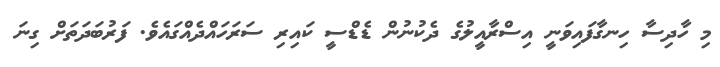
މި ހާދިސާ ހިނގާފައިވަނީ އިސްރާއީލުގެ ދެކުނުން ޑެޑްސީ ކައިރި ސަރަހައްދެއްގައެވެ. ފަރުބަދަތަށް ގިނަ